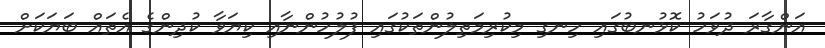
އަންގާރަ ދުވަހު ކޮޅުނބުގައި ހިނގި މިކުރިމަތިލުންތަކުގައި ފުލުހުންނާއި ކިޔަވާ ކުދިންގެ އެތައް ބަޔަކަށް